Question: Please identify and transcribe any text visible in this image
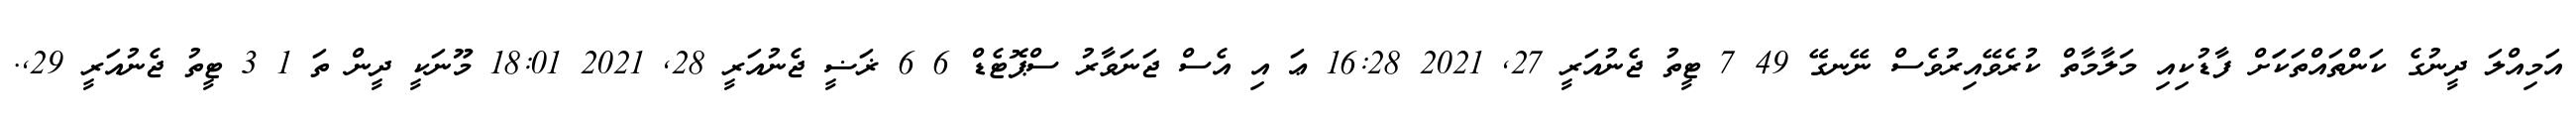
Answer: އަމިއްލަ ދީނުގެ ކަންތައްތަކަަށް ފާޑުކިއި މަލާމާތް ކުރެވޭއިރުވެސް ނޭނގޭ 49 7 ޓީތު ޖެނުއަރީ 27, 2021 16:28 ޢަ އި އެސް ޖަނަވާރު ސްޕޮޓެޑް 6 6 ޜަޟީ ޖެނުއަރީ 28, 2021 18:01 މޫނަކީ ދީން ތަ 1 3 ޓީތު ޖެނުއަރީ 29,.